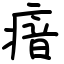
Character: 瘖